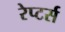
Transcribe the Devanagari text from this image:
रेप्‍टर्स